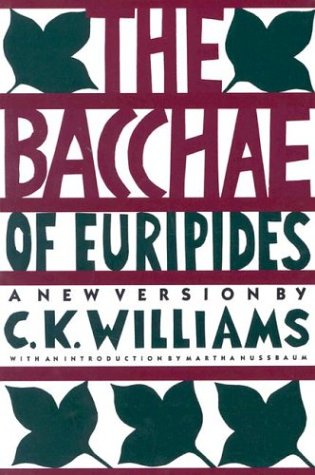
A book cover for The Bacchae of Euripides; C. K. Williams; Literature & Fiction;